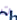
ت